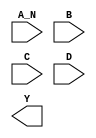
module sky130_fd_sc_ls__nand4b (
    //# {{data|Data Signals}}
    input  A_N,
    input  B  ,
    input  C  ,
    input  D  ,
    output Y
);

    // Voltage supply signals
    supply1 VPWR;
    supply0 VGND;
    supply1 VPB ;
    supply0 VNB ;

endmodule